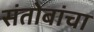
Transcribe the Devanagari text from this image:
संतोबांचा